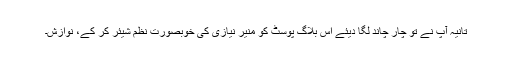
تانیہ آپ نے تو چار چاند لگا دیئے اس بلاگ پوسٹ کو منیر نیازی کی خوبصورت نظم شیئر کر کے، نوازش۔